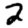
Digit: 2